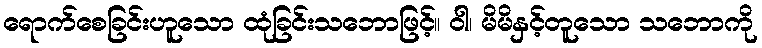
ရောက်စေခြင်းဟူသော ထုံခြင်းသဘောဖြင့်။ ဝါ၊ မိမိနှင့်တူသော သဘောကို